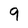
Character: 9